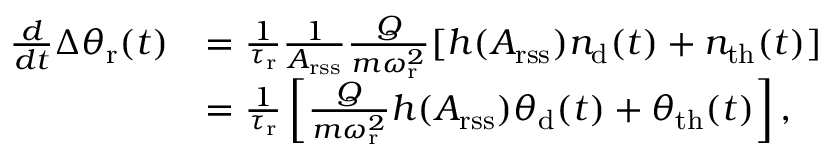
\begin{array} { r l } { \frac { d } { d t } \Delta \theta _ { \mathrm { r } } ( t ) } & { = \frac { 1 } { \tau _ { \mathrm { r } } } \frac { 1 } { A _ { \mathrm { r s s } } } \frac { Q } { m \omega _ { \mathrm { r } } ^ { 2 } } [ h ( A _ { \mathrm { r s s } } ) n _ { \mathrm { d } } ( t ) + n _ { \mathrm { t h } } ( t ) ] } \\ & { = \frac { 1 } { \tau _ { \mathrm { r } } } \left[ \frac { Q } { m \omega _ { \mathrm { r } } ^ { 2 } } h ( A _ { \mathrm { r s s } } ) \theta _ { \mathrm { d } } ( t ) + \theta _ { \mathrm { t h } } ( t ) \right] , } \end{array}